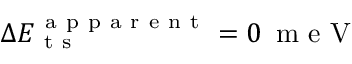
\Delta E _ { \mathrm { ~ t ~ s ~ } } ^ { \mathrm { ~ a ~ p ~ p ~ a ~ r ~ e ~ n ~ t ~ } } = 0 \, \mathrm { ~ m ~ e ~ V ~ }